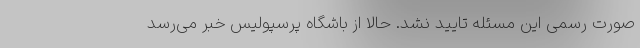
صورت رسمی این مسئله تایید نشد. حالا از باشگاه پرسپولیس خبر می‌رسد